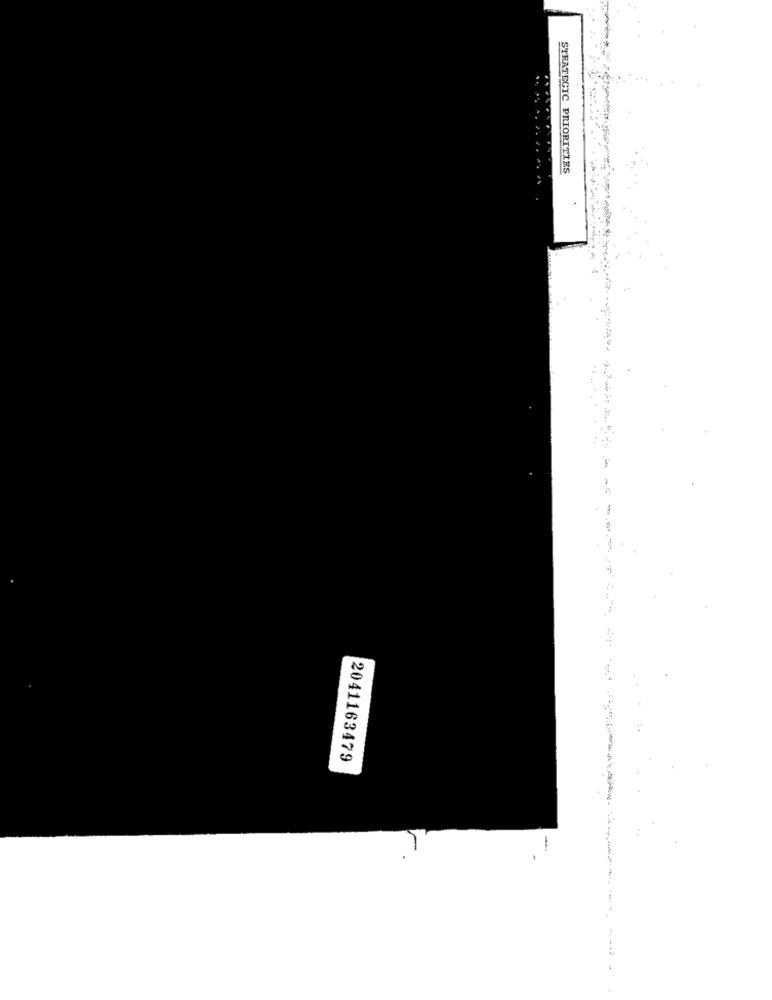
STRATEGIC PRIORITIES
2041163479